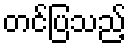
တင်ပြသည့်